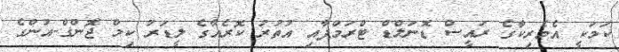
ކަމަކީ އެމެރިކާގެ ރައީސް ޑޮނަލްޑް ޓްރަމްޕާއި އުތުރު ކޮރެއާގެ ލީޑަރު ކިމް ޖޮންގް-އުންގެ